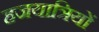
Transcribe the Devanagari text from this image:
हजयात्रियों